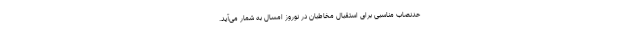
حدنصاب مناسبی برای استقبال مخاطبان در نوروز امسال به شمار می‌آید.